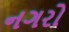
નગરો